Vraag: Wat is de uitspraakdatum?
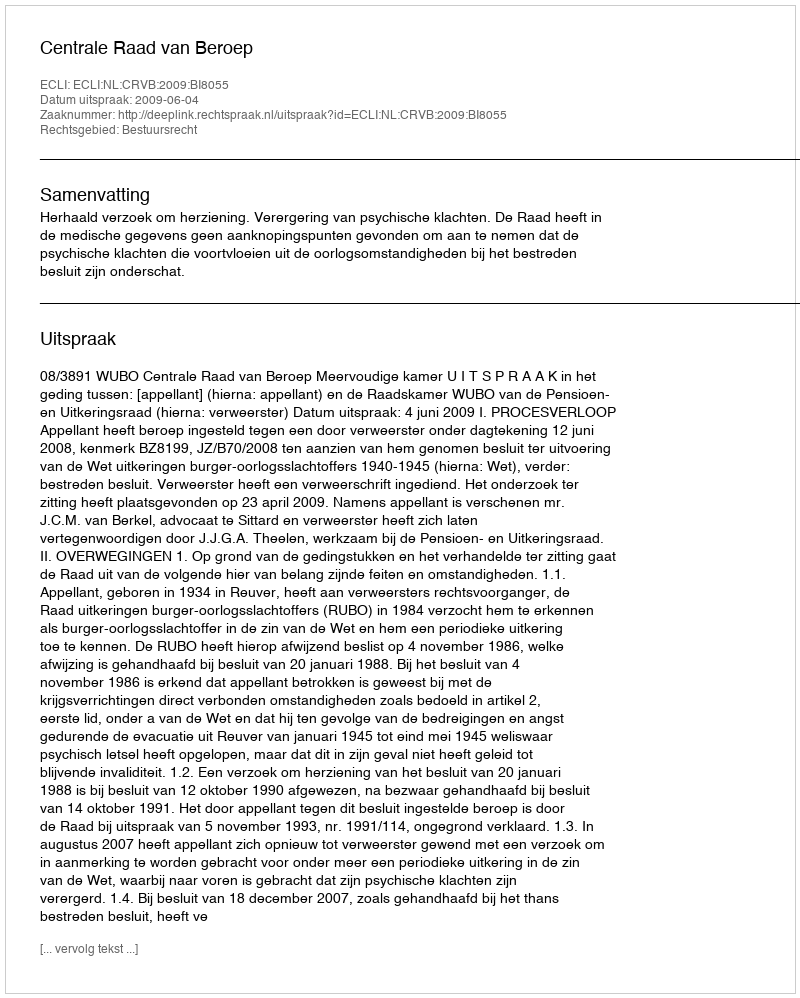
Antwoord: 2009-06-04